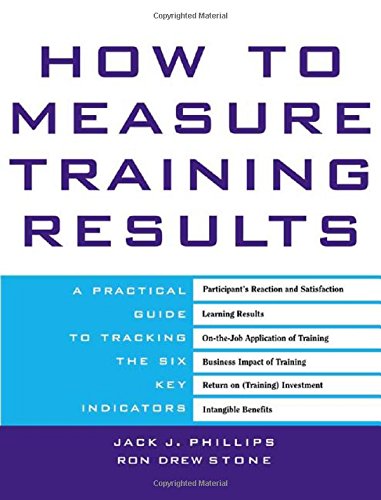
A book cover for How to Measure Training Results : A Practical Guide to Tracking the Six Key Indicators; Jack Phillips; Business & Money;